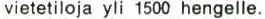
vietetiloja yli 1500 hengelle.